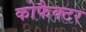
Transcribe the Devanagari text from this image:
कोफैक्टर